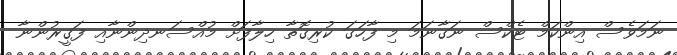
ނަމަވެސް އިންކަމް ޓެކްސް ނަގާނަމަ މި ފާހަގަ ކުރިގޮތާ ހިލާފަށް މުއްސަނދިންނާއި ފަގީރުންނާ